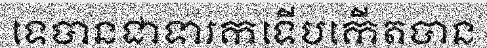
ទេបានជាទារកទើបកើតបាន